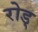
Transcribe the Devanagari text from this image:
रोड्